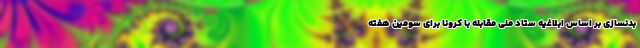
بدنسازی بر اساس ابلاغیه ستاد ملی مقابله با کرونا برای سومین هفته